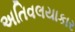
અતિવલયાકાર